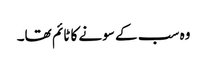
وہ سب کے سونے کا ٹائم تھا۔